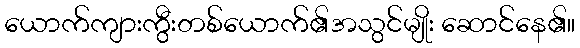
ယောက်ကျားကွီးတစ်ယောက်၏အသွင်မျိုး ဆောင်နေ၏။